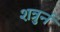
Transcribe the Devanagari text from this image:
शत्रुर्न